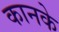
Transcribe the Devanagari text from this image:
कानके